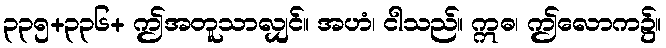
၃၃၅+၃၃၆+ ဤအတူသာလျှင်။ အဟံ၊ ငါသည်။ ဣဓ၊ ဤလောက၌။